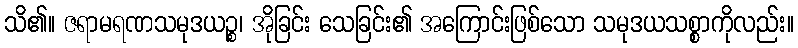
သိ၏။ ဇရာမရဏသမုဒယဉ္စ၊ အိုခြင်း သေခြင်း၏ အကြောင်းဖြစ်သော သမုဒယသစ္စာကိုလည်း။